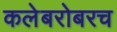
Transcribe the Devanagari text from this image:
कलेबरोबरच